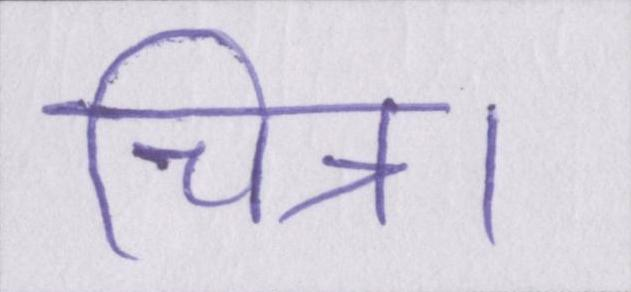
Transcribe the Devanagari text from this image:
चित्र।